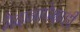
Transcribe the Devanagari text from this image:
मैदानापेक्षाही